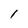
Character: l